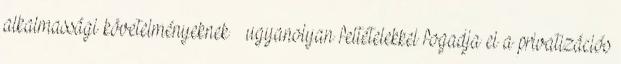
alkalmassági követelményeknek – ugyanolyan feltételekkel fogadja el a privatizációs